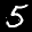
Label: 5